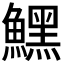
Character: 𩻤